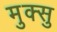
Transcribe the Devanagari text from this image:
मुक्सु